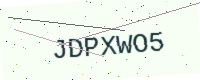
Text: JDPXWO5